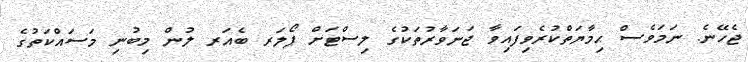
ޖެހޭނެ. ނަމަވެސް ޙިމާޔަތްކުރެވިފައިވާ ޖަނަވާރުތަކުގެ ލިސްޓަށް ޕޯލަރ ބެއަރ ލުން މިބުނި މަސައްކަތުގެ